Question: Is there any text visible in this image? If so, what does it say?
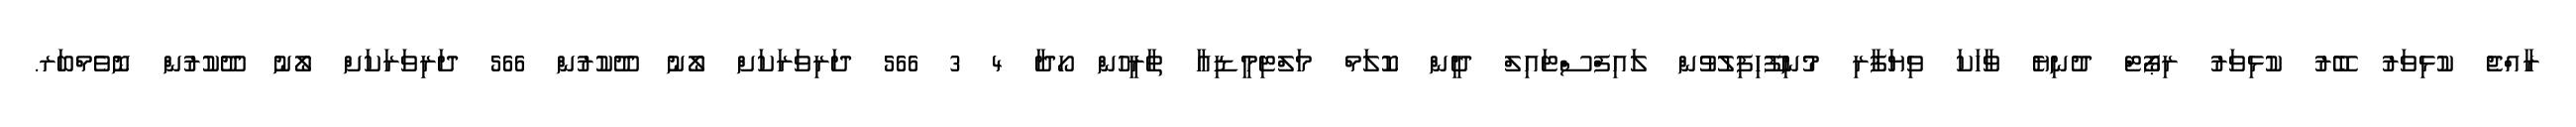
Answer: ރާއްޖެ ކުޅިވަރު ބޭރު ކުޅިވަރު ރިޕޯޓް ދުނިޔެ ވާހަކަ ވިޔަފާރި މުނިފޫހިފިލުވުން ލައިފްސްޓައިލް ދީން ކޮލަމް މަލްޓިމީޑިއާ ތާރީހުން ހޯދާ 4 3 566 ދަރިވަރަކަށް ލޯނު ދޫކުރުން 566 ދަރިވަރަކަށް ލޯނު ދޫކުރުން ނޮވެމްބަރ.